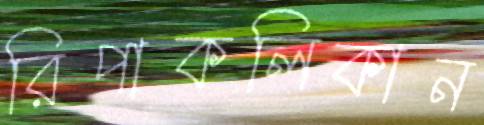
রিপাকলিকান